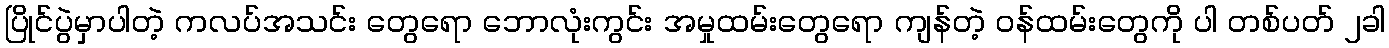
ပြိုင်ပွဲမှာပါတဲ့ ကလပ်အသင်း တွေရော ဘောလုံးကွင်း အမှုထမ်းတွေရော ကျန်တဲ့ ဝန်ထမ်းတွေကို ပါ တစ်ပတ် ၂ခါ